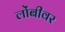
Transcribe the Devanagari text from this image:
लोंबीवर